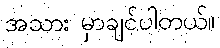
အသား မှာချင်ပါတယ်။